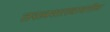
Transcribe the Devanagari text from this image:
तरलशास्त्रावरील